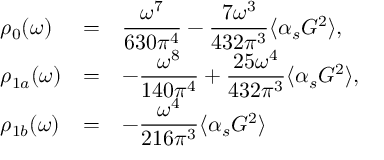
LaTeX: \begin{array} { l l l } { { \rho _ { 0 } ( \omega ) } } & { { = } } & { { \displaystyle { \frac { \omega ^ { 7 } } { 6 3 0 \pi ^ { 4 } } - \frac { 7 \omega ^ { 3 } } { 4 3 2 \pi ^ { 3 } } \langle \alpha _ { s } G ^ { 2 } \rangle } , } } \\ { { \rho _ { 1 a } ( \omega ) } } & { { = } } & { { \displaystyle { - \frac { \omega ^ { 8 } } { 1 4 0 \pi ^ { 4 } } + \frac { 2 5 \omega ^ { 4 } } { 4 3 2 \pi ^ { 3 } } \langle \alpha _ { s } G ^ { 2 } \rangle } , } } \\ { { \rho _ { 1 b } ( \omega ) } } & { { = } } & { { \displaystyle { - \frac { \omega ^ { 4 } } { 2 1 6 \pi ^ { 3 } } \langle \alpha _ { s } G ^ { 2 } \rangle } } } \end{array}